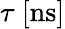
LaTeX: \tau\ [\mathrm{ns}]